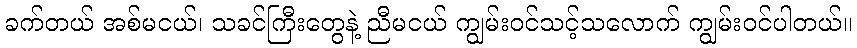
ခက်တယ် အစ်မငယ်၊ သခင်ကြီးတွေနဲ့ ညီမငယ် ကျွမ်းဝင်သင့်သလောက် ကျွမ်းဝင်ပါတယ်။